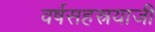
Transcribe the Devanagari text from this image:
वर्षसहस्रयाजी